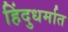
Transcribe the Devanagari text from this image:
हिंदुधर्मात